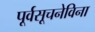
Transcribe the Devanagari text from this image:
पूर्वसूचनेविना